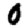
Digit: 0